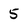
Character: 5